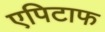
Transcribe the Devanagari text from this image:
एपिटाफ